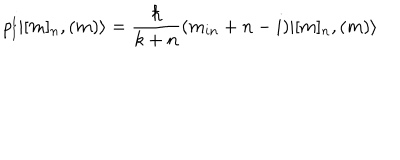
p _ { l } ^ { i } | [ m ] _ { n } , ( m ) \rangle = \frac { \hbar } { k + n } ( m _ { i n } + n - i ) | [ m ] _ { n } , ( m ) \rangle